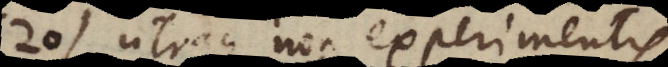
20) utraque non experimentis